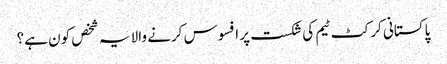
پاکستانی کرکٹ ٹیم کی شکست پر افسوس کرنے والا یہ شخص کون ہے؟